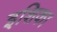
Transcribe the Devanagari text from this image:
इशिका